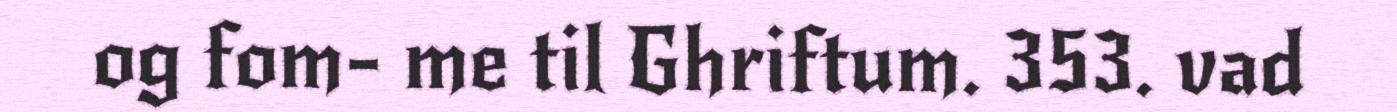
og fom- me til Ghriftum. 353. vad